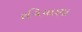
રવિયાણા